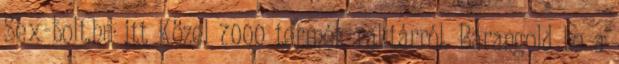
Sex-bolt.hu itt Közel 7000 termék raktárról. Barangold be a